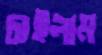
চাইলাম